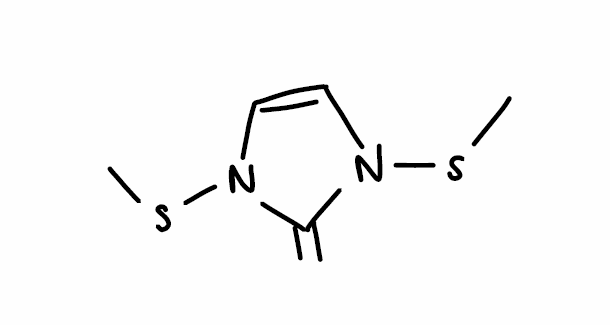
Simplified molecular-input line-entry system (SMILES) notation of the given molecule:
CSN1C=CN(C1=C)SC